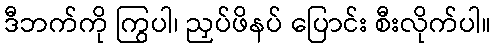
ဒီဘက်ကို ကြွပါ၊ ညှပ်ဖိနပ် ပြောင်း စီးလိုက်ပါ။